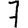
Digit: 7